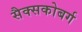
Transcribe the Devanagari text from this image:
सैक्सकोबर्ग